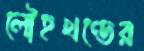
লৌহখণ্ডের